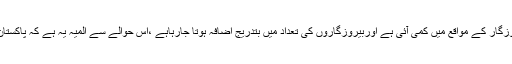
اس سے ظاہر ہوتاہے کہ حکومت کے تمام تر بلند بانگ دعوؤں کے باوجود پاکستان میں روزگار کے مواقع میں کمی آئی ہے اوربیروزگاروں کی تعداد میں بتدریج اضافہ ہوتا جارہاہے ،اس حوالے سے المیہ یہ ہے کہ پاکستان میں بیروزگاروں میں ان پڑھ کے بجائے زیادہ تعلیم یافتہ اور پڑھے لکھے افراد شامل ہیں۔